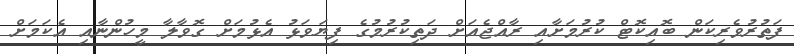
ފަތުރުވެރިކަން ބޮއިކޮޓް ކުރުމަށާއި ރާއްޖެއަށް ދަތިކުރުމުގެ ފިޔަވަޅު އެޅުމަށް ގޮވާލާ މީހުންނާއި އެކަމަށް